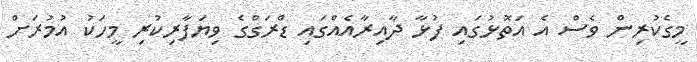
މީގެކުރިން ވެސް އެ އަތޮޅުގައި ފުޅާ ދާއިރާއެއްގައި ޑްރަގްގެ ވިޔަފާރިކުރި މީހަކު އުމުރަށް